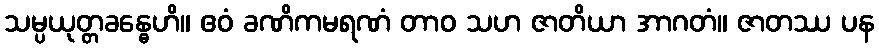
သမ္ပယုတ္တခန္ဓေဟိ။ ဧဝံ ခဏိကမရဏံ တာဝ သဟ ဇာတိယာ အာဂတံ။ ဇာတဿ ပန